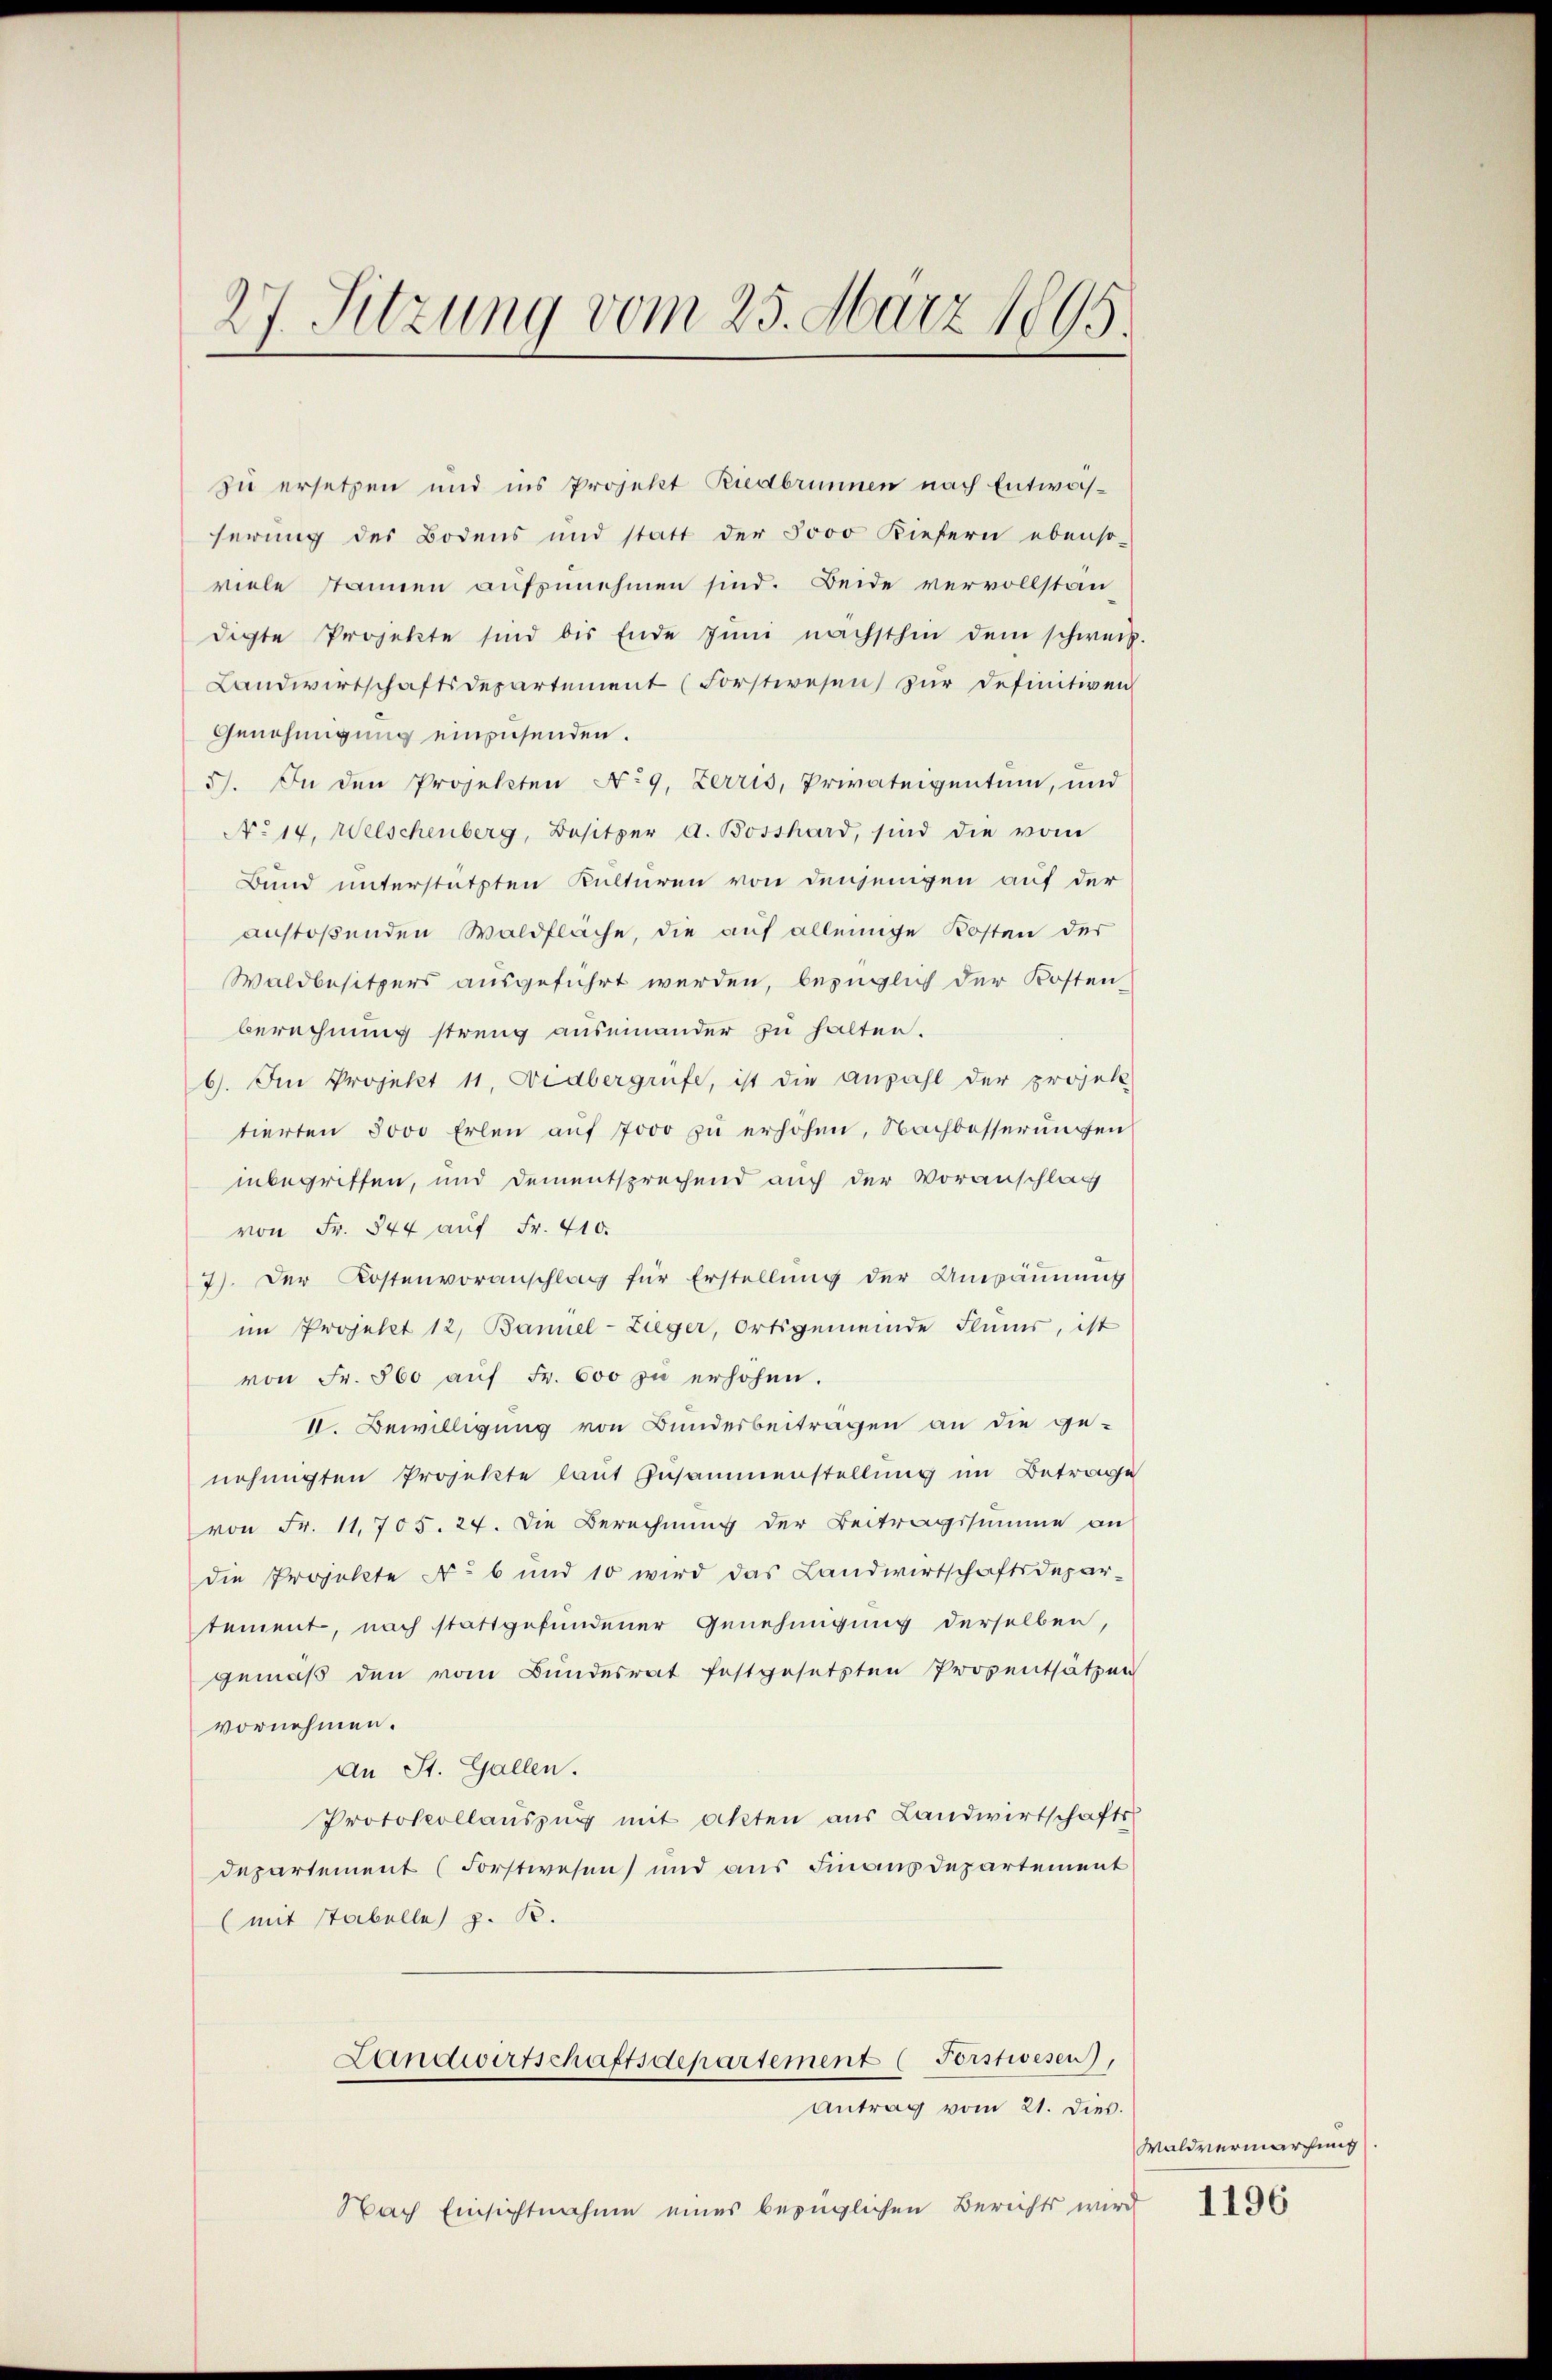
27. Sitzung vom 25. März 1895.

zu ersetzen und ins Projekt Riedbrunnen nach Entwässerung des Bodens und statt der 5000 Kiefern ebenso-
viele stannen aufzunehmen sind. Beide vervollstan
digte Projekte sind bis Ende Juni nächsthin dem schweiz.
Landwirtschaftsdepartement (Forstwesen zŭr definitiven
Genehmigung einzusenden.
5). In den Projekten No 9. Zerris, Privateigentum, und
No 14. Welschenberg, Besitzer a. Bosshard, sind die vom
Bund unterstützten Kulturen von denjenigen auf der
anstoßenden Waldfläche, die auf alleinige Kosten der
Waldbesitzers ausgeführt werden, bezüglich der Kosten-
berechnung streng auseinander zu halten.
6. Im Projekt 11. Wedbergrüfe, ist die Anzahl der projek
tierten Jovo Erlen auf 7000 zu erhöhen, Nachbesserungen
inbegriffen, und dementsprechend auch der Voranschlag
von Fr. 844 auf Fr. 410.
7). Der Kostenvoranschlag für Erstellŭng der Unpäŭnŭng
im Projekt 12, Bannel-Ziger, Ortsgemeinde Flims, ist
von Fr. 860 auf Fr. 600 zu erhöhen.
V. Bewilligung von Bundesbeitragen an die genehmigten Projekte laut Zusammenstellung im Betrage
von Fr. 11. 705. 24. Die Berechnung der Beitragssumme an
die Projekte No 6 und 10 wird das Landwirtschaftsdepartement, nach stattgefundener Genehmigung derselben,
gemäß den vom Bundesrat festgesetzten Prosentsätzen
vornehmen.
An St. Gallen.
Protokollaŭszŭg mit akten aus Landwirtschafts
departement (Forstwesen und aus Finanzdepartement
(mit Stabelle z. B.

Landwirtschaftsdepartement (Forstwesen,
Antrag vom 21. dies.

Nach Einsichtnahme eines bezüglichen Berichts wird

Waldvermarchung

1196